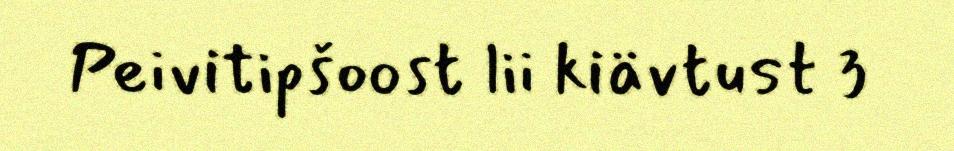
Peivitipšoost lii kiävtust 3